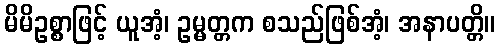
မိမိဥစ္စာဖြင့် ယူအံ့၊ ဥမ္မတ္တက စသည်ဖြစ်အံ့၊ အနာပတ္တိ။